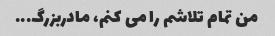
من تمام تلاشم را می کنم، مادربزرگ...